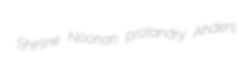
Shirline Noonan protandry Ahders